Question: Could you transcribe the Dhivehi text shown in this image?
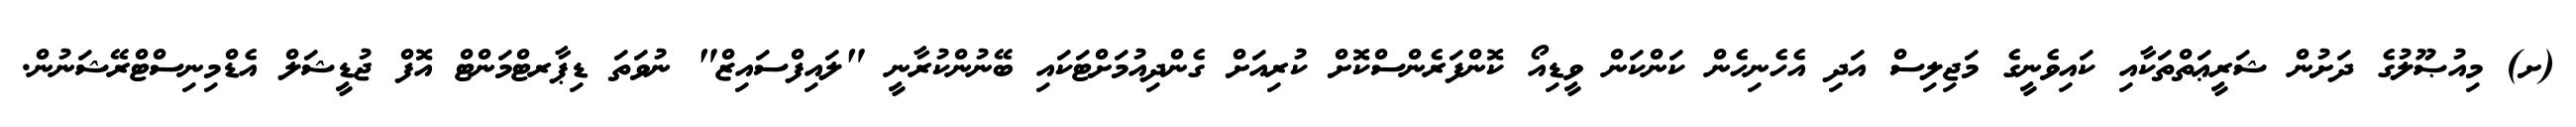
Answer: (ށ) މިއުޞޫލުގެ ދަށުން ޝަރީޢަތްތަކާއި ކައިވެނީގެ މަޖިލިސް އަދި އެހެނިހެން ކަންކަން ވީޑިއޯ ކޮންފަރެންސްކޮށް ކުރިއަށް ގެންދިއުމަށްޓަކައި ބޭނުންކުރާނީ "ލައިފްސައިޒް" ނުވަތަ ޑިޕާރޓްމަންޓް އޮފް ޖުޑީޝަލް އެޑްމިނިސްޓްރޭޝަނުން.